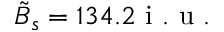
\tilde { B } _ { s } = 1 3 4 . 2 \mathrm { ~ i ~ . ~ u ~ . ~ }